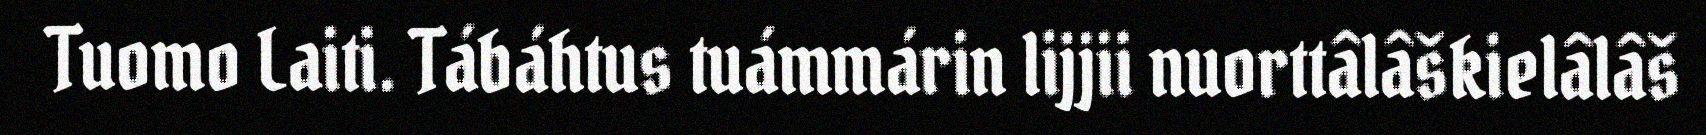
Tuomo Laiti. Tábáhtus tuámmárin lijjii nuorttâlâškielâlâš